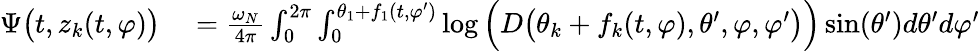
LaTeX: \begin{array}{rl}{\Psi\big(t,z_{k}(t,\varphi)\big)}&{{}=\frac{\omega_{N}}{4\pi}\int_{0}^{2\pi}\int_{0}^{\theta_{1}+f_{1}(t,\varphi^{\prime})}\log\Big(D\big(\theta_{k}+f_{k}(t,\varphi),\theta^{\prime},\varphi,\varphi^{\prime}\big)\Big)\sin(\theta^{\prime})d\theta^{\prime}d\varphi^{\prime}}\end{array}